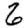
Digit: 6